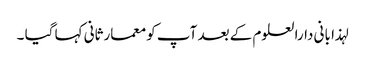
لہذا بانی دارالعلوم کے بعد آپ کو معمارثانی کہا گیا ۔